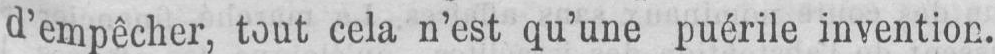
d’empêcher, tout cela n’est qu’une puérile invention.